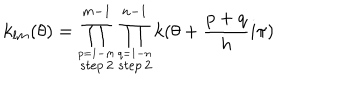
k _ { l m } ( \theta ) = \prod _ { \stackrel { p = 1 - m } { s t e p \, 2 } } ^ { m - 1 } \prod _ { \stackrel { q = 1 - n } { s t e p \, 2 } } ^ { n - 1 } k ( \theta + { \frac { p + q } { h } } i \pi )